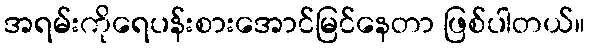
အရမ်းကိုရေပန်းစားအောင်မြင်နေတာ ဖြစ်ပါတယ်။